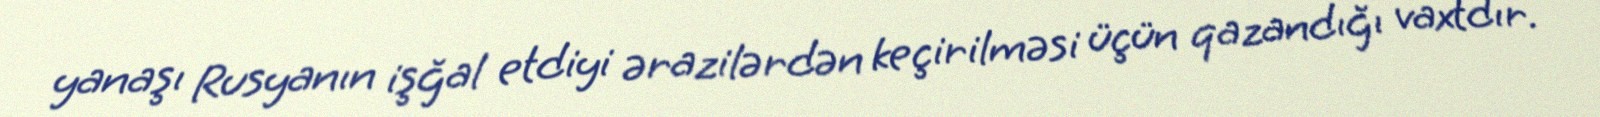
yanaşı Rusyanın işğal etdiyi ərazilərdən keçirilməsi üçün qazandığı vaxtdır.